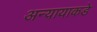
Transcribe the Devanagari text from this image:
अन्यायाकडे